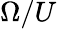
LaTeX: \Omega/U